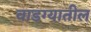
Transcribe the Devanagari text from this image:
वाडग्यातील